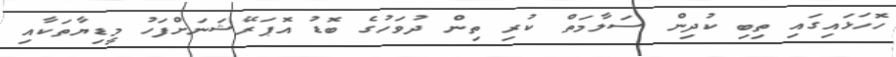
ހޮހަޅައިގައި ތިބި ކުދިން ސަލާމަތް ކުރި ތިން ދުވަހުގެ ބޮޑު އޮޕަރޭޝަނަށްފަހު މީޑިޔާތަކާއި